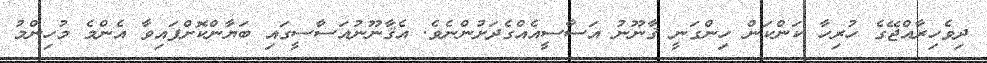
ދިވެހިރާއްޖޭގެ ހުރިހާ ކަންކަން ހިންގަނީ ޤާނޫނު އަސާސީއެއްގެދަށުންނެވެ. އެޤާނޫނުއަސާސީގައި ބަޔާންކޮށްފައިވާ އެންމެ މުހިންމު